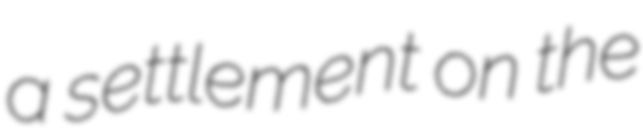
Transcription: a settlement on the